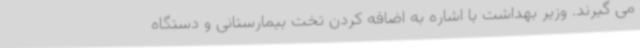
می گیرند. وزیر بهداشت با اشاره به اضافه کردن تخت بیمارستانی و دستگاه